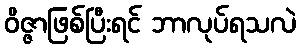
ဝိဇ္ဇာဖြစ်ပြီးရင် ဘာလုပ်ရသလဲ